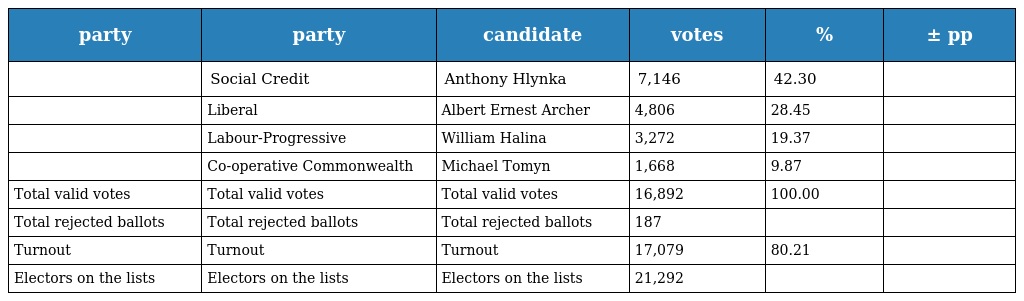
| party | party | candidate | votes | % | ± pp |
 | --- | --- | --- | --- | --- | --- |
 |  | Social Credit | Anthony Hlynka | 7,146 | 42.30 |  |
 |  | Liberal | Albert Ernest Archer | 4,806 | 28.45 |  |
 |  | Labour-Progressive | William Halina | 3,272 | 19.37 |  |
 |  | Co-operative Commonwealth | Michael Tomyn | 1,668 | 9.87 |  |
 | Total valid votes | Total valid votes | Total valid votes | 16,892 | 100.00 |  |
 | Total rejected ballots | Total rejected ballots | Total rejected ballots | 187 |  |  |
 | Turnout | Turnout | Turnout | 17,079 | 80.21 |  |
 | Electors on the lists | Electors on the lists | Electors on the lists | 21,292 |  |  |